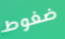
ضغوط